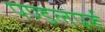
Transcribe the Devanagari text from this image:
पण्डलपर्रू